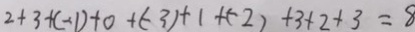
2 + 3 + ( - 1 ) + 0 + ( - 3 ) + 1 + ( - 2 ) + 3 + 2 + 3 = 8